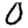
Digit: 0